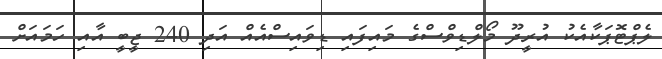
ލެޕްޓޮޕަކާއެކު އުރީދޫ މޯލްޑިވްސްގެ މައިފައި ޑިވައިސްއެއް އަދި 240 ޖީބީ އާއި ހަމައަށް